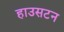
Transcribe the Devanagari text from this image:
हाउसटन